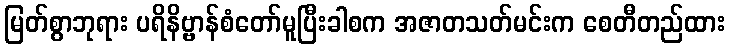
မြတ်စွာဘုရား ပရိနိဗ္ဗာန်စံတော်မူပြီးခါစက အဇာတသတ်မင်းက စေတီတည်ထား